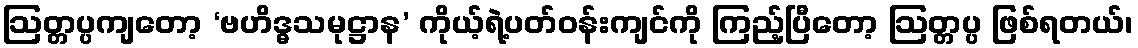
ဩတ္တပ္ပကျတော့ ‘ဗဟိဒ္ဓသမုဋ္ဌာန’ ကိုယ့်ရဲ့ပတ်ဝန်းကျင်ကို ကြည့်ပြီတော့ ဩတ္တပ္ပ ဖြစ်ရတယ်၊